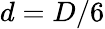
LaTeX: d=D/6